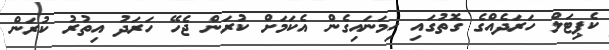
ކެޕިޓަލް ހަރަދެއްގެ ގޮތުގައި ހިމަނައިގެން އެކަމަށް ކުރަން ޖެހޭ ހަރަދު އިތުރު ކުރަން